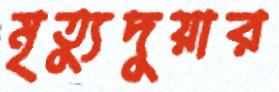
মৃত্যুদুয়ার